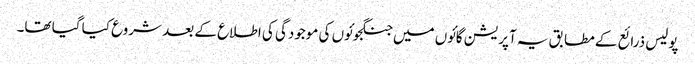
پولیس ذرائع کے مطابق یہ آپریشن گائوں میں جنگجوئوں کی موجودگی کی اطلاع کے بعد شروع کیا گیا تھا۔